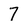
Character: 7